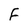
Character: F